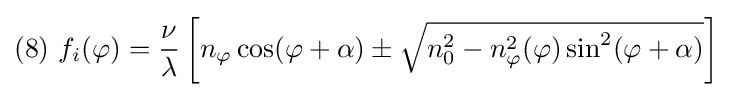
(8)\ f_{i}(\varphi )={\frac {\nu }{\lambda }}\left[n_{\varphi }\cos(\varphi +\alpha )\pm {\sqrt {n_{0}^{2}-n_{\varphi }^{2}(\varphi )\sin ^{2}(\varphi +\alpha )}}\right]